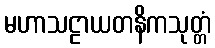
မဟာသဠာယတနိကသုတ္တံ